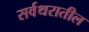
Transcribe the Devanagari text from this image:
सर्वथरातील